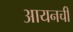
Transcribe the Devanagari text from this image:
आयनची